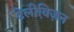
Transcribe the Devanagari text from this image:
टेलीवि़ज़न